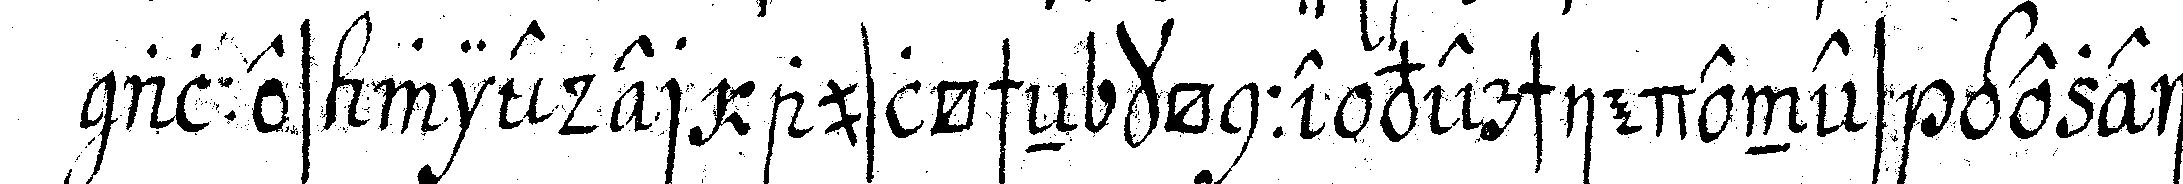
alles wieder auslöscheN könne verschiedenes gezeich